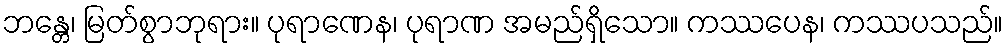
ဘန္တေ၊ မြတ်စွာဘုရား။ ပုရာဏေန၊ ပုရာဏ အမည်ရှိသော။ ကဿပေန၊ ကဿပသည်။